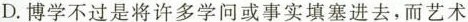
D.博学不过是将许多学问或事实填塞进去，而艺术